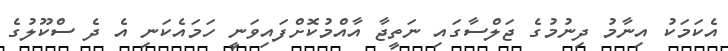
އެކަމަކު އިނާމު ދިނުމުގެ ޖަލްސާގައި ނަތީޖާ އާއްމުކޮށްފައިވަނީ ހަމައެކަނި އެ ދެ ސްކޫލުގެ